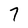
Character: 7